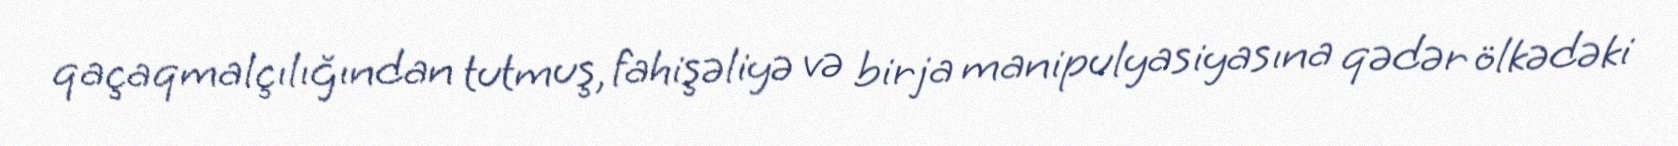
qaçaqmalçılığından tutmuş, fahişəliyə və birja manipulyasiyasına qədər ölkədəki